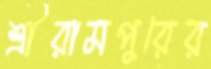
শ্রীরামপুরের